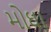
મોઘા